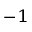
^ { - 1 }